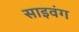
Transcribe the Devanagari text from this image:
साइवंग